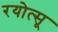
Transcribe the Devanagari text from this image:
रयोत्सू